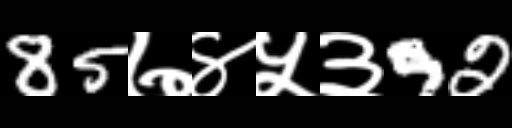
Text: 85७४५३92